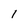
Character: I